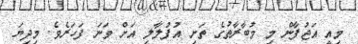
މިއީ އަޖުފާން މި މުބާރާތުގެ ތަށި އުފުލާލި އަށް ވަނަ ފަހަަރެވެ. މިދިޔަ